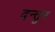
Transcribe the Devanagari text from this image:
दन्तुर